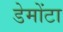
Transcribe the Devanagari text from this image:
डेमोंटा